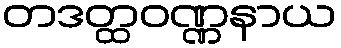
တဒတ္ထဝဏ္ဏနာယ